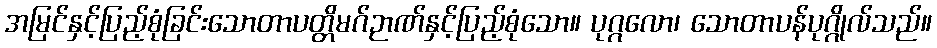
အမြင်နှင့်ပြည့်စုံခြင်းသောတာပတ္တိမဂ်ဉာဏ်နှင့်ပြည့်စုံသော။ ပုဂ္ဂလော၊ သောတာပန်ပုဂ္ဂိုလ်သည်။